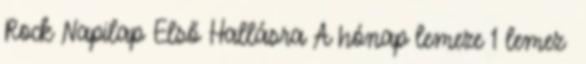
Rock Napilap Első Hallásra A hónap lemeze 1 lemez